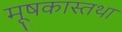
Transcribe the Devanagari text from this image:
मूषकास्तथा